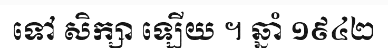
ទៅ សិក្សា ឡើយ ។ ឆ្នាំ ១៩៤២